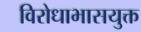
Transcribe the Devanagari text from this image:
विरोधाभासयुक्त